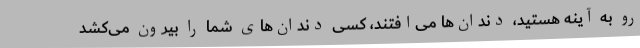
رو به آینه هستید، دندان‌ها می‌افتند، کسی دندان‌های شما را بیرون می‌کشد